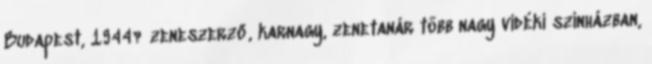
Budapest, 1944? zeneszerző, karnagy, zenetanár több nagy vidéki színházban,